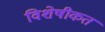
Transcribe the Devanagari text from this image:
विशेषीकत